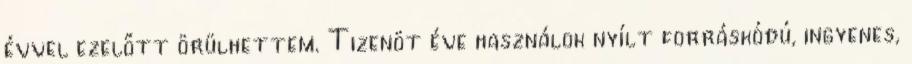
évvel ezelőtt örülhettem. Tizenöt éve használok nyílt forráskódú, ingyenes,